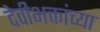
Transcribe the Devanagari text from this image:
देवीभक्तांच्या